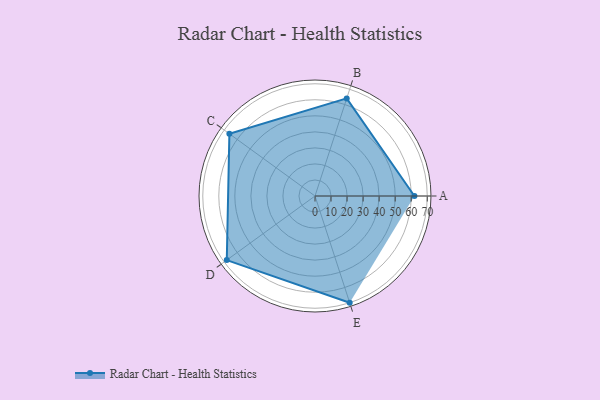
{"axis": {"x": "Skill", "y": "Score"}, "legend": ["Profile"], "data": [{"x": "A", "y": 62.0, "type": "Profile"}, {"x": "B", "y": 64.0, "type": "Profile"}, {"x": "C", "y": 66.0, "type": "Profile"}, {"x": "D", "y": 68.0, "type": "Profile"}, {"x": "E", "y": 70.0, "type": "Profile"}]}